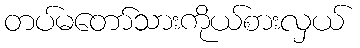
တပ်မတော်သားကိုယ်စားလှယ်